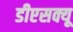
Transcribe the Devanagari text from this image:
डीएसक्यू